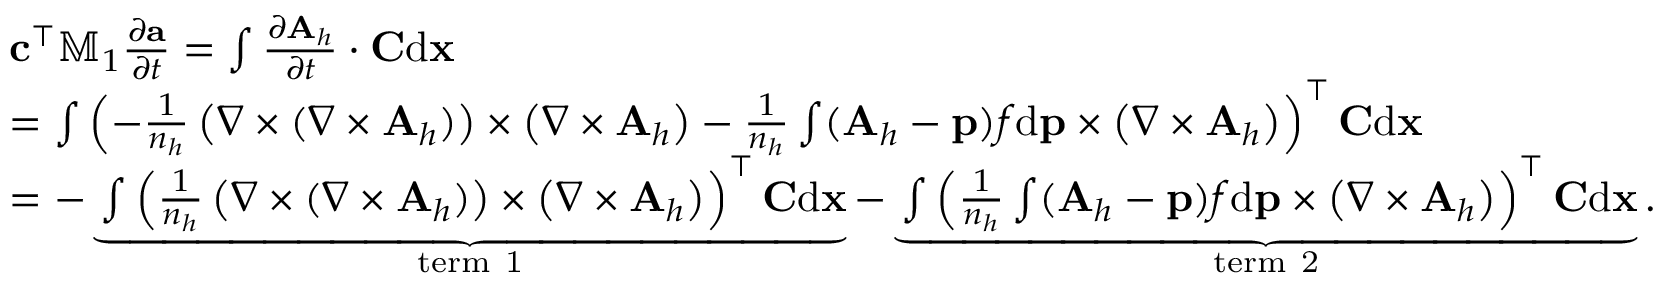
\begin{array} { r l } & { { \mathbf c } ^ { \top } \mathbb { M } _ { 1 } \frac { \partial { \mathbf a } } { \partial t } = \int \frac { \partial { \mathbf A } _ { h } } { \partial t } \cdot { \mathbf C } \mathrm { d } { \mathbf x } } \\ & { = \int \left( - \frac { 1 } { n _ { h } } \left( { \nabla } \times ( { \nabla } \times { \mathbf A } _ { h } ) \right) \times \left( { \nabla } \times { \mathbf A } _ { h } \right) - \frac { 1 } { n _ { h } } \int ( { \mathbf A } _ { h } - { \mathbf p } ) f \mathrm { d } { \mathbf p } \times \left( { \nabla } \times { \mathbf A } _ { h } \right) \right) ^ { \top } { \mathbf C } \mathrm { d } { \mathbf x } } \\ & { = - \underbrace { \int \left( \frac { 1 } { n _ { h } } \left( { \nabla } \times ( { \nabla } \times { \mathbf A } _ { h } ) \right) \times \left( { \nabla } \times { \mathbf A } _ { h } \right) \right) ^ { \top } { \mathbf C } \mathrm { d } { \mathbf x } } _ { \mathrm { t e r m ~ 1 } } - \underbrace { \int \left( \frac { 1 } { n _ { h } } \int ( { \mathbf A } _ { h } - { \mathbf p } ) f \mathrm { d } { \mathbf p } \times \left( { \nabla } \times { \mathbf A } _ { h } \right) \right) ^ { \top } { \mathbf C } \mathrm { d } { \mathbf x } } _ { \mathrm { t e r m ~ 2 } } . } \end{array}